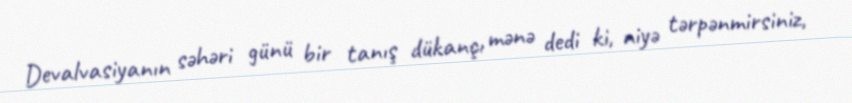
Devalvasiyanın səhəri günü bir tanış dükançı mənə dedi ki, niyə tərpənmirsiniz,